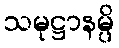
သမုဋ္ဌာနမ္ပိ